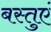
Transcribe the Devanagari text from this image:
बस्तुएं